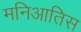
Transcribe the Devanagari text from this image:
मनिआतिस